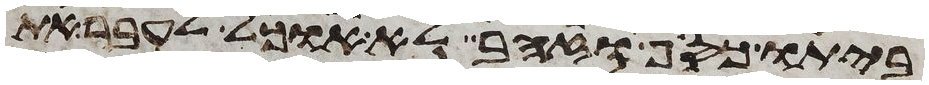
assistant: ביתו כסף או זהב לא אוכל לעבר את